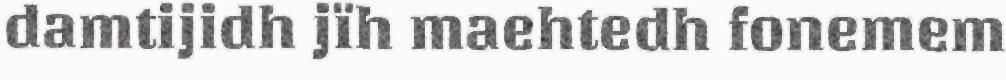
damtijidh jïh maehtedh fonemem